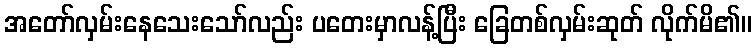
အတော်လှမ်းနေသေးသော်လည်း ပတေးမှာလန့်ပြီး ခြေတစ်လှမ်းဆုတ် လိုက်မိ၏။